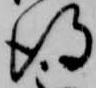
得